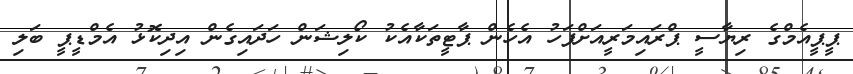
ޕީޕީއެމްގެ ރިޔާސީ ޕްރައިމަރީއަށްފަހު އެހެން ޕާޓީތަކާއެކު ކޯލިޝަން ހަދައިގެން އިދިކޮޅު އެމްޑީޕީ ބަލި